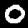
Digit: 0